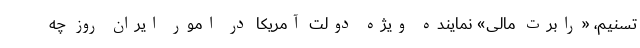
تسنیم، «رابرت مالی» نماینده ویژه دولت آمریکا در امور ایران روز چه